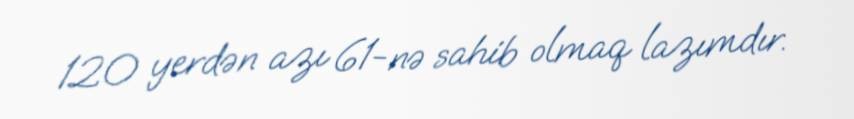
120 yerdən azı 61-nə sahib olmaq lazımdır.